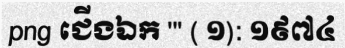
png ជើងឯក ''' ( ១): ១៩៧៤